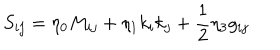
S _ { i j } = \eta _ { 0 } M _ { i j } + \eta _ { 1 } k _ { i } k _ { j } + { \frac { 1 } { 2 } } \eta _ { 3 } g _ { i j }